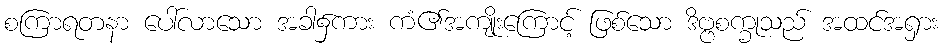
စကြာရတနာ ပေါ်လာသော အခါ၌ကား ကံ၏အကျိုးကြောင့် ဖြစ်သော ဒိဗ္ဗစက္ခုသည် အထင်အရှား